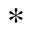
^ *